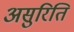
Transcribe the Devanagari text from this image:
असुरिति